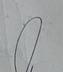
Signature authenticity: genuine